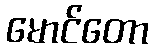
မောင်တော